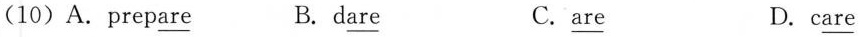
(10)A.prepa\underline{are} B. d\underline{are} C\underline{are} D.c\underline{are}